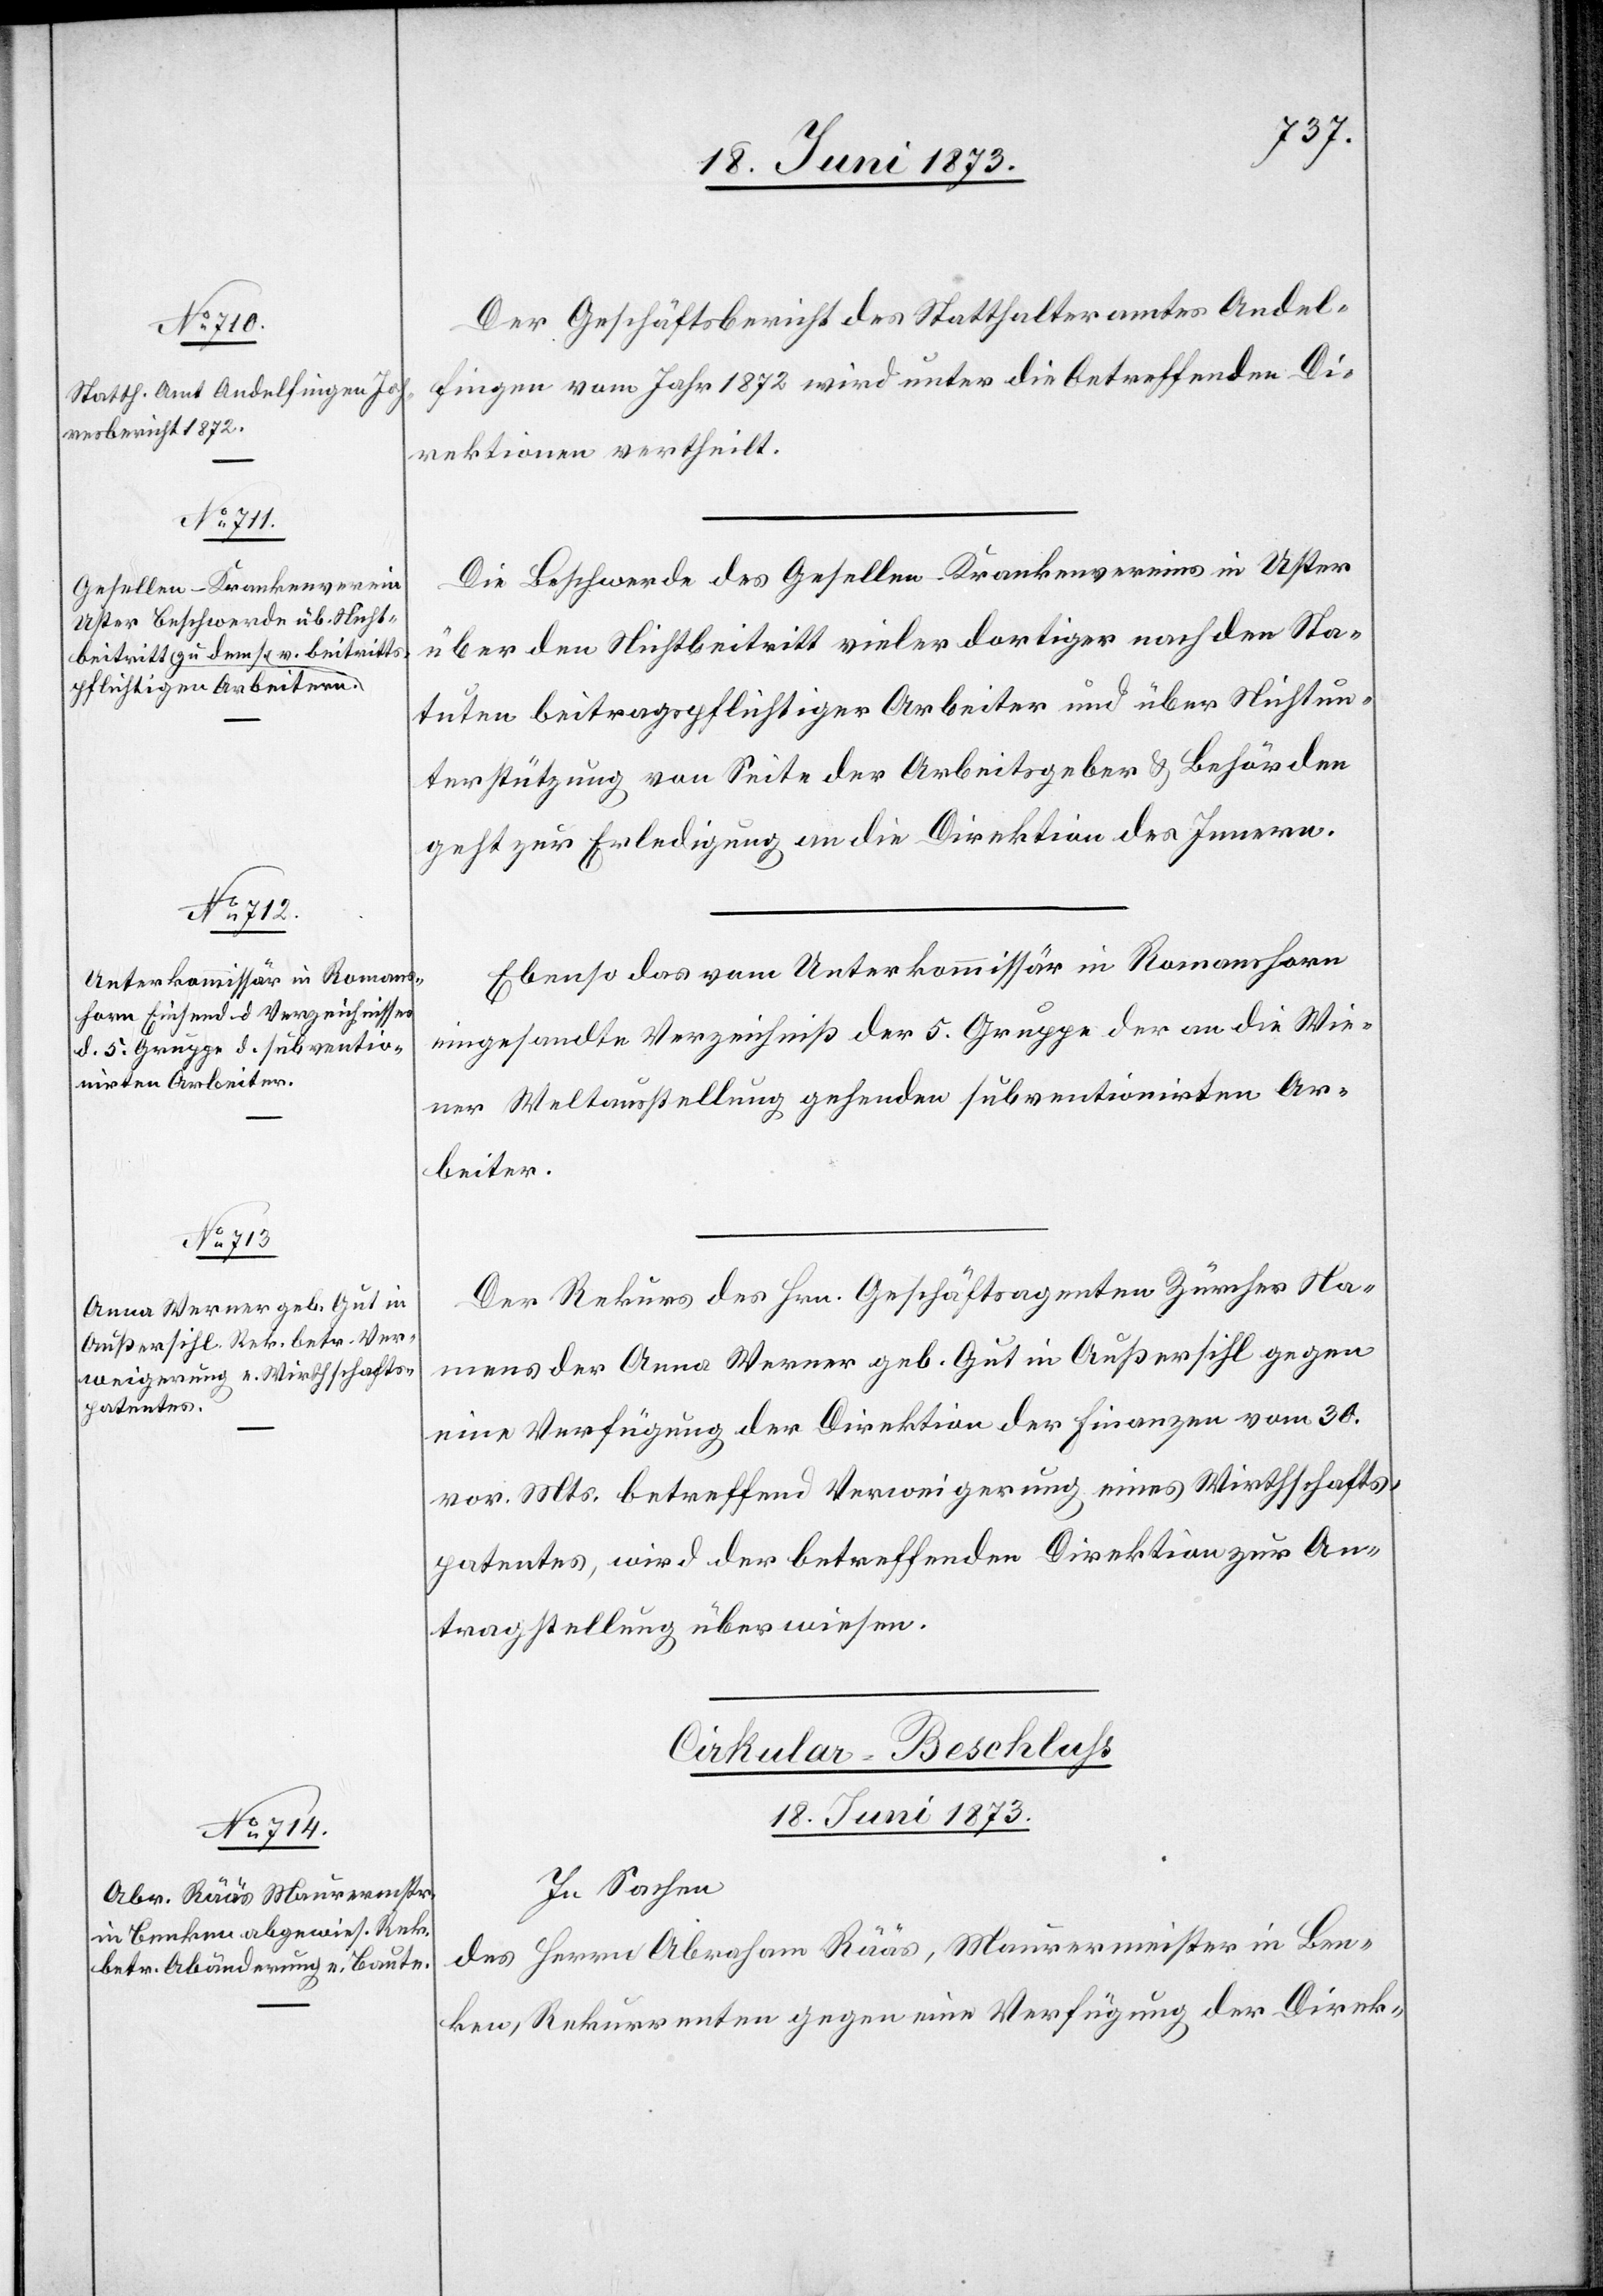
18. Juni 1873.]
Der Geschäftsbericht des Statthalteramtes Andel¬
fingen vom Jahr 1872 wird unter die betreffenden Di¬
rektionen vertheilt.
Die Beschwerde des Gesellen-Krankenvereins in Uster
über den Nichtbeitritt vieler dortiger nach den Sta¬
tuten beitragspflichtiger Arbeiter und über Nichtun¬
terstützung von Seite der Arbeitsgeber & Behörden
geht zur Erledigung an die Direktion des Innern.
Ebenso das vom Unterkommissär in Romanshorn
eingesandte Verzeichniß der 5. Gruppe der an die Wie¬
ner Weltausstellung gehenden subventionirten Ar¬
beiter.
Der Rekurs des Hrn. Geschäftsagenten Zürcher Na¬
mens der Anna Werner geb. Gut in Außersihl gegen
eine Verfügung der Direktion der Finanzen vom 30.
vor. Mts. betreffend Verweigerung eines Wirthschafts¬
patentes, wird der betreffenden Direktion zur An¬
tragstellung überwiesen.
Cirkular-Beschluss
18. Juni 1873.
In Sachen
des Herrn Abraham Rääs, Maurermeister in Ben¬
ken, Rekurrenten gegen eine Verfügung der Direk-